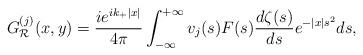
LaTeX: \begin{align*}G^{(j)}_{\mathcal R}(x,y)= \frac{ie^{i k_{+}\vert x \vert}}{4\pi}\int^{+\infty}_{-\infty} v_j(s)F(s)\frac{d\zeta(s)}{ds}e^{-\vert x \vert s^2}ds,\end{align*}